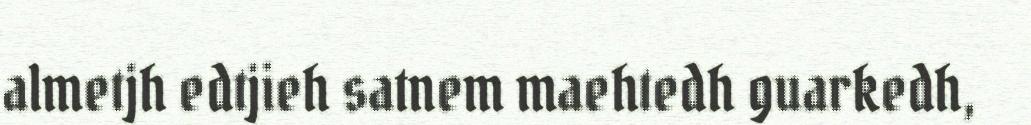
almetjh edtjieh satnem maehtedh guarkedh,